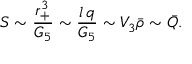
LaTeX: S \sim { \frac { r _ { + } ^ { 3 } } { G _ { 5 } } } \sim { \frac { l \, q } { G _ { 5 } } } \sim V _ { 3 } { \bar { \rho } } \sim { \bar { Q } } .